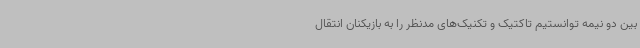
بین دو نیمه توانستیم تاکتیک و تکنیک‌های مدنظر را به بازیکنان انتقال